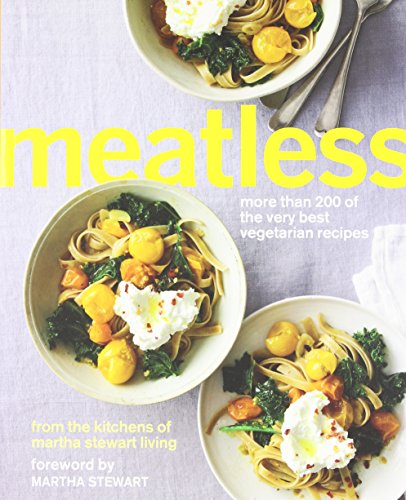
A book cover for Meatless: More Than 200 of the Very Best Vegetarian Recipes; Martha Stewart Living; Cookbooks, Food & Wine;